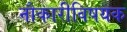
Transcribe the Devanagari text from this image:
नौकारीविषयक